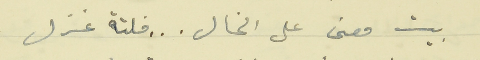
بيت معنى على الخال .  .  . فلتة غزل